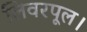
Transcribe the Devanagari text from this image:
लिवरपूल।